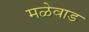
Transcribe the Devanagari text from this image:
मळेवाड